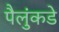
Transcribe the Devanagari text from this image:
पैलुंकडे